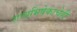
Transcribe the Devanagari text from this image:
राज्यभिषेकाचेही